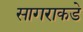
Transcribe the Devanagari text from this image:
सागराकडे